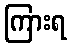
ကြားရ